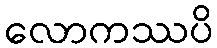
လောကဿပိ